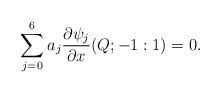
LaTeX: \begin{align*}\sum_{j=0}^6 a_j \frac{\partial \psi_j}{\partial x}(Q; -1: 1) = 0.\end{align*}